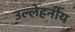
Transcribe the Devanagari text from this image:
उल्लेहनीय